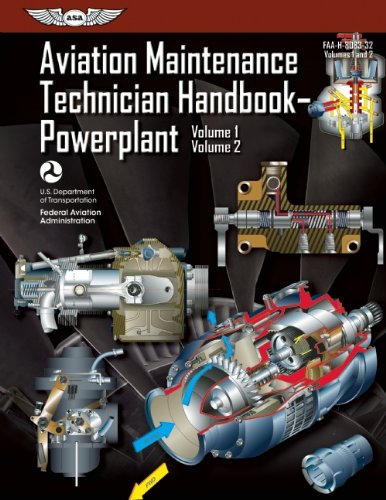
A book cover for Aviation Maintenance Technician HandbookEEPowerplant: FAA-H-8083-32 Volume 1 / Volume 2 (FAA Handbooks series); Federal Aviation Administration (FAA)/Aviation Supplies & Academics (ASA); Engineering & Transportation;